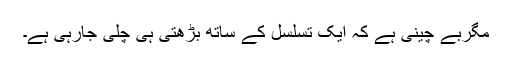
مگربے چینی ہے کہ ایک تسلسل کے ساتھ بڑھتی ہی چلی جارہی ہے۔